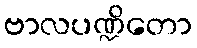
ဗာလပဏ္ဍိတော